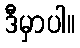
ဒီမှာပါ။